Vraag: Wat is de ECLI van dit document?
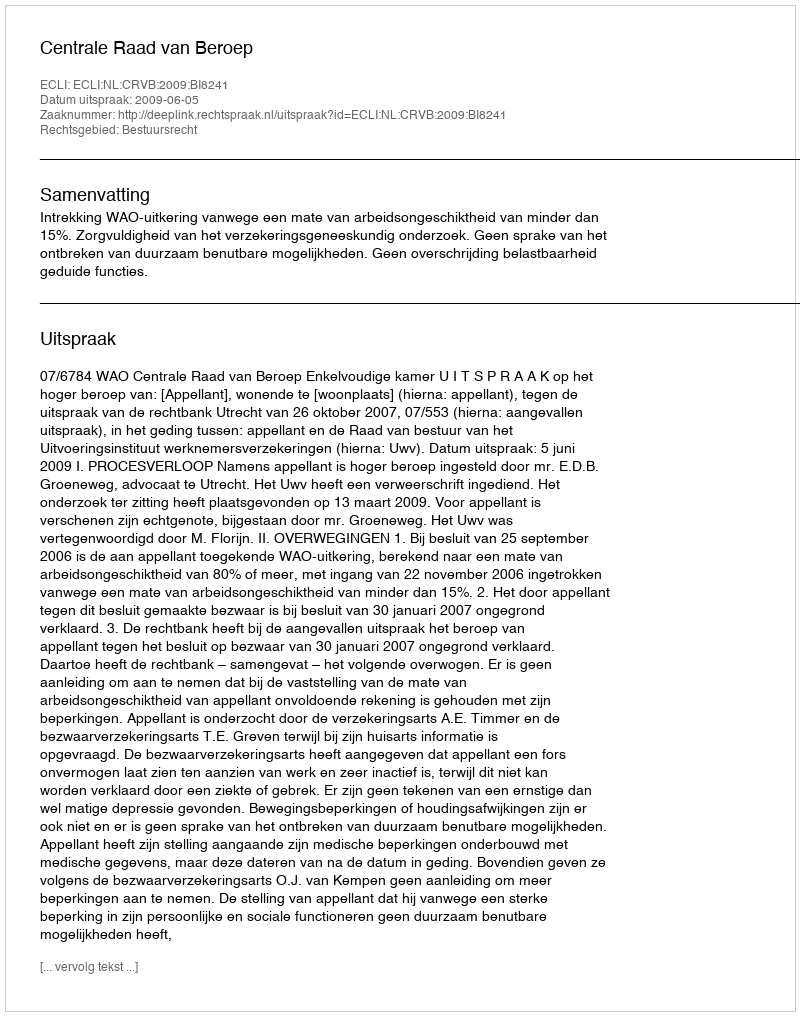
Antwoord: ECLI:NL:CRVB:2009:BI8241